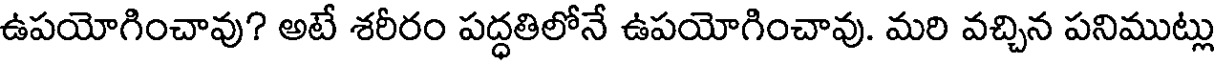
ఉపయోగించావు? అటే శరీరం పద్ధతిలోనే ఉపయోగించావు. మరి వచ్చిన పనిముట్లు